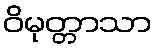
ဝိမုတ္တာသာ